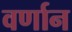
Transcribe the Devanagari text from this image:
वर्णान